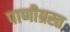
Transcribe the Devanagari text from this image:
पाणीग्रस्त